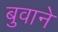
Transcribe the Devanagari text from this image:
बुवाने